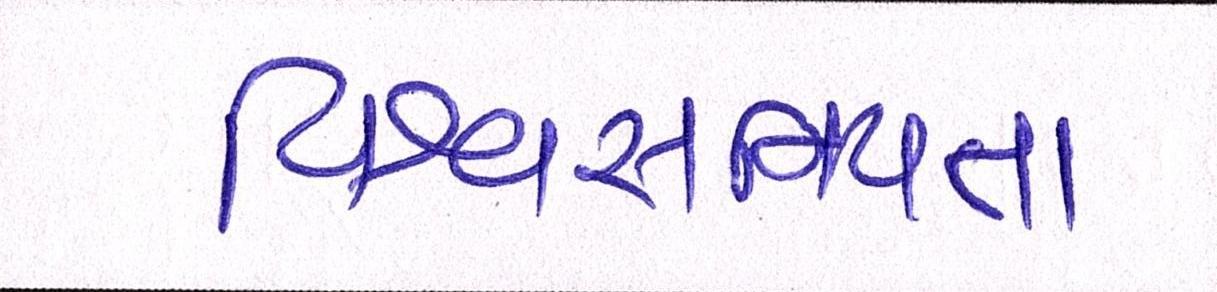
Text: વિશ્વસનિયતા